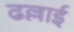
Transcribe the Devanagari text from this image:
ढल्लाई